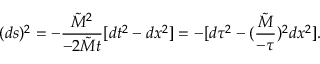
( d s ) ^ { 2 } = - { \frac { { \tilde { M } } ^ { 2 } } { - 2 { \tilde { M } } t } } [ d t ^ { 2 } - d x ^ { 2 } ] = - [ d \tau ^ { 2 } - ( { \frac { \tilde { M } } { - \tau } } ) ^ { 2 } d x ^ { 2 } ] .